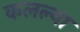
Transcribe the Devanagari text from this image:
कलल्या